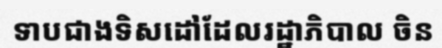
ទាបជាងទិសដៅដែលរដ្ឋាភិបាល ចិន